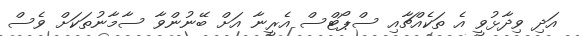
އަދި ވިދާޅުވީ އެ ތަކެއްޗާއި ސްޕޯޓްސް އެރީނާ އަށް ބޭނުންވާ ސާމާނުތަކަށް ވެސް